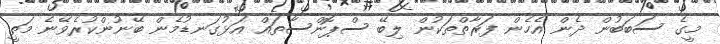
މީގެ ސަބަބުން ދެން އެހެން ފަރާތްތަކުން ލިބޭ ސްޕޮންސާތައް އަޅުގަނޑުމެން ބޭނުންކުރެވޭނެ މަތީ